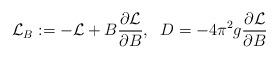
LaTeX: \begin{align*}{\cal L}_B:=-{\cal L} +B\frac{\partial{\cal L}}{\partial B}, \;\;D=-4\pi^2g\frac{\partial{\cal L}}{\partial B}\end{align*}